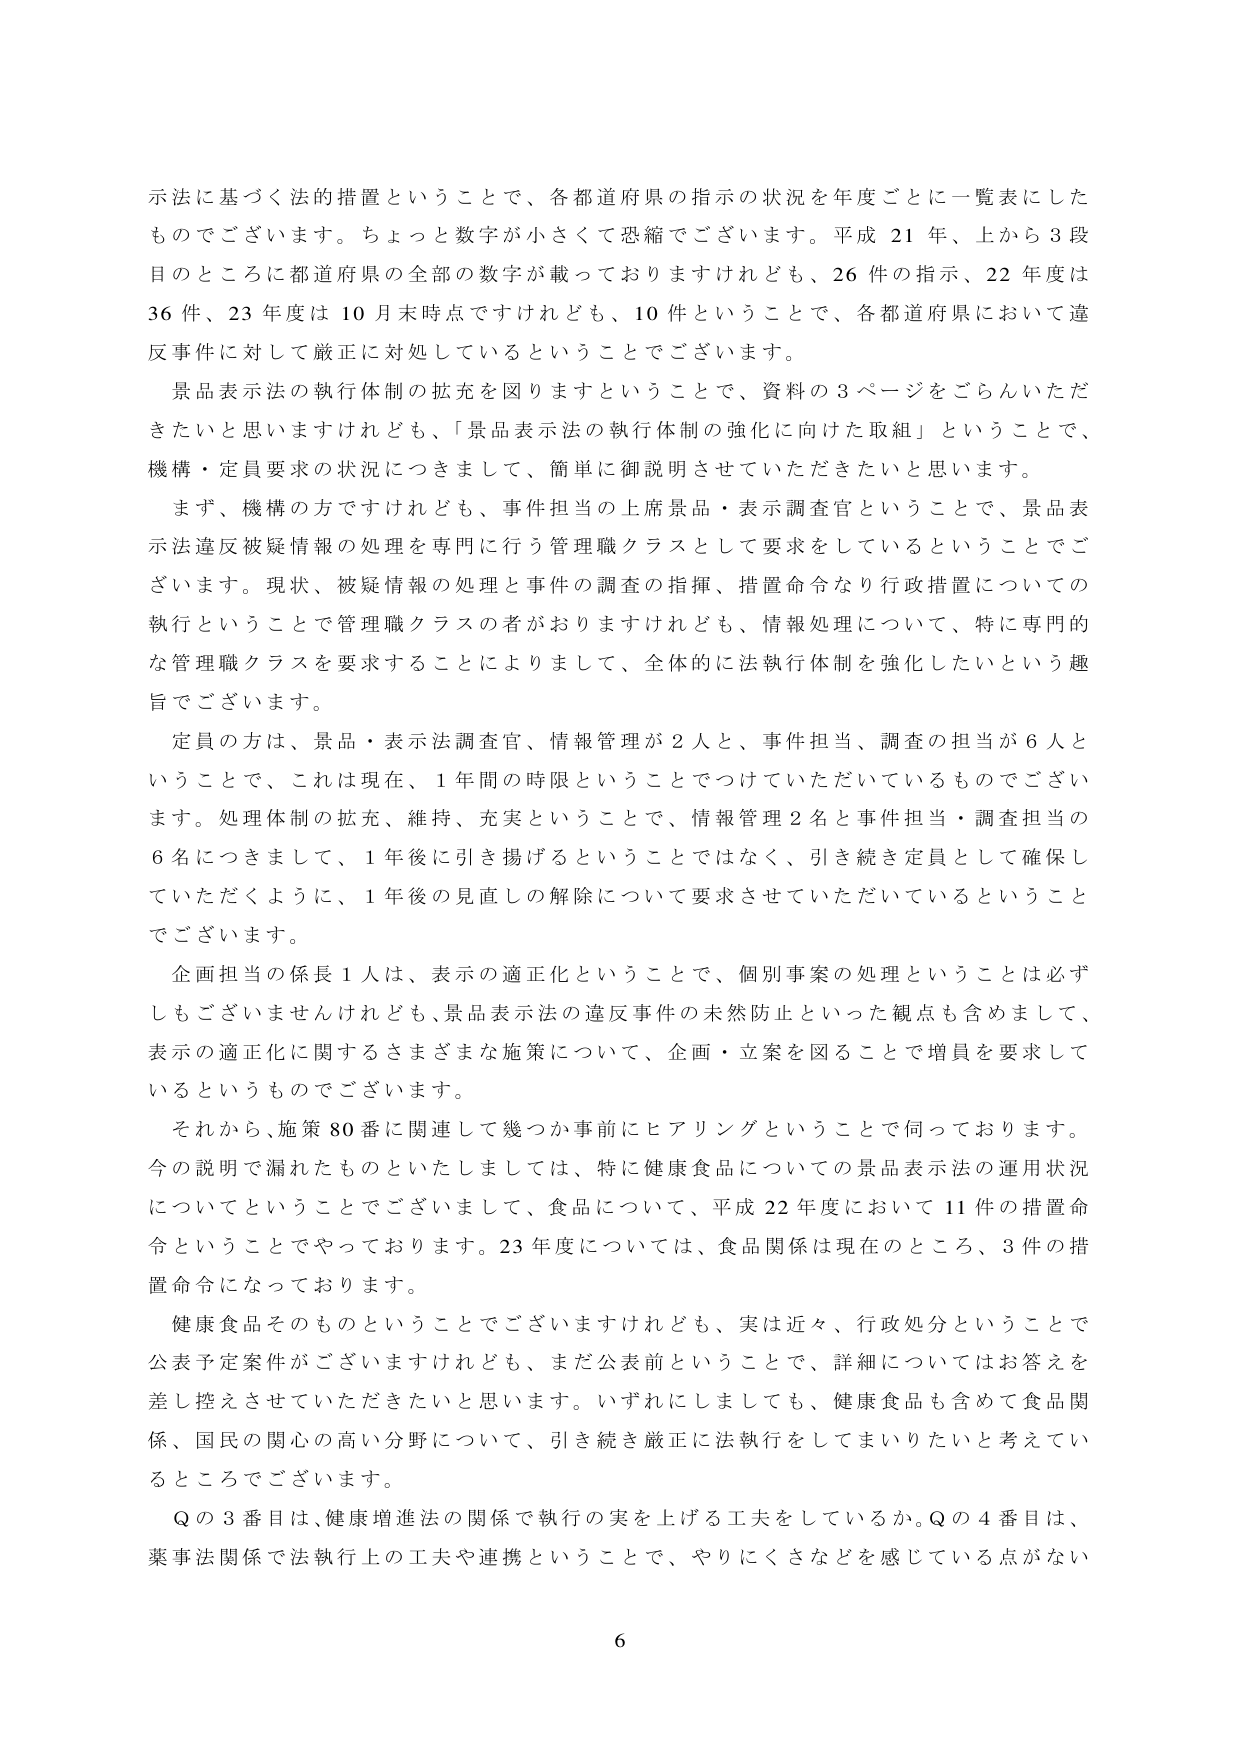
示法に基づく法的措置ということで、各都道府県の指示の状況を年度ごとに一覧表にした
ものでございます。ちょっと数字が小さくて恐縮でございます。平成21年、上から3段
目のところに都道府県の全部の数字が載っておりますけれども、26件の指示、22年度は
36件、23年度は10月末時点ですけれども、10件ということで、各都道府県において違反
事件に対して厳正に対処しているということでございます。
景品表示法の執行体制の拡充を図りますということで、資料の3ページをごらんいただ
きたいと思いますけれども、「景品表示法の執行体制の強化に向けた取組」ということで、
機構・定員要求の状況につきまして、簡単に御説明させていただきたいと思います。
まず、機構の方ですけれども、事件担当の上席景品・表示調査官ということで、景品表
示法違反被疑情報の処理を専門に行う管理職クラスとして要求をしているということでご
ざいます。現状、被疑情報の処理と事件の調査の指揮、措置命令なり行政措置についての
執行ということで管理職クラスの者がおりますけれども、情報処理について、特に専門的
な管理職クラスを要求することによりまして、全体的に法執行体制を強化したいという趣
旨でございます。
定員の方は、景品・表示法調査官、情報管理が2人と、事件担当、調査の担当が6人と
いうことで、これは現在、1年間の時限ということでつけていただいているものでござい
ます。処理体制の拡充、維持、充実ということで、情報管理2名と事件担当・調査担当の
6名につきまして、1年後に引き揚げるということではなく、引き続き定員として確保し
ていただくように、1年後の見直しの解除について要求させていただいているということ
でございます。
企画担当の係長1人は、表示の適正化ということで、個別事案の処理ということは必ず
しもございませんけれども、景品表示法の違反事件の未然防止といった観点も含めまして、
表示の適正化に関するさまざまな施策について、企画・立案を図ることで増員を要求して
いるというものです。
それから、施策80番に関連して幾つか事前にヒアリングということで伺っております。
今の説明で漏れたものといたしましては、特に健康食品についての景品表示法の運用状況
についてということでございまして、食品について、平成22年度において11件の措置命
令ということでやっております。23年度については、食品関係は現在のところ、3件の措
置命令になっております。
健康食品そのものということでございますけれども、実は近々、行政処分ということで
公表予定案件がございますけれども、まだ公表前ということで、詳細についてはお答えを
差し控えさせていただきたいと思います。いずれにしましても、健康食品も含めて食品関
係、国民の関心の高い分野について、引き続き厳正に法執行をしてまいりたいと考えてい
るところでございます。
Qの3番目は、健康増進法の関係で執行の実を上げる工夫をしているか。Qの4番目は、
薬事法関係で法執行上の工夫や連携ということで、やりにくさなどを感じている点がない

6